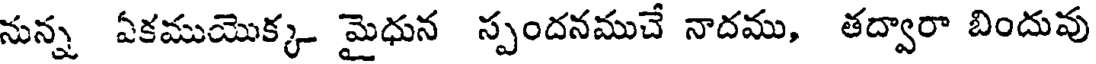
నున్న ఏకముయొక్క మైధున స్పందనముచే నాదము, తద్వారా బిందువు